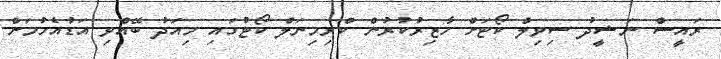
ރައީސް ނަޝީދު ސިވިލް ކޯޓަށް ހާޒިރުކުރުން ކްރިމިނަލް ކޯޓުގައި މިއަދު ބޭއްވި އަޑުއެހުމަށް